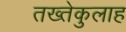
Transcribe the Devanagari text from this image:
तख्तेकुलाह